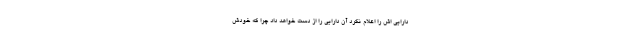
دارایی اش را اعلام نکرد آن دارایی را از دست خواهد داد چرا که خودش